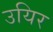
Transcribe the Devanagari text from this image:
उयिर